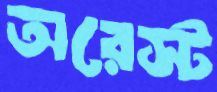
অরেস্ট